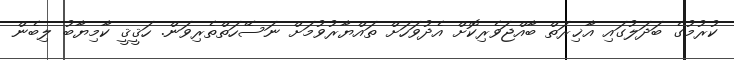
ކުރުމުގެ ބަދަލުގައި އާޚިރަތް ބާއްޖަވެރިކޮށް އެދުވަހަށް ތައްޔާރުވުމަށް ނަސޭހަތްތެރިވަން. ހަޤީޤީ ކާމިޔާބު ލިބެން